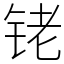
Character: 铑